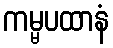
ကမ္မပထာနံ